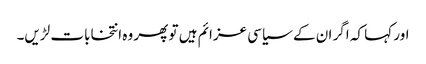
اور کہا کہ اگر ان کے سیاسی عزائم ہیں تو پھر وہ انتخابات لڑیں۔